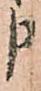
申